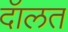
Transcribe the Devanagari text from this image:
दॅालत